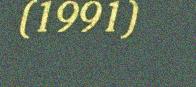
(1991)